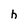
Character: h